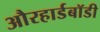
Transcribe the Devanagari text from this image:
औरहार्डबॉडी